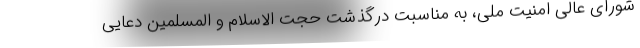
شورای عالی امنیت ملی، به مناسبت درگذشت حجت الاسلام و المسلمین دعایی